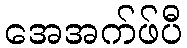
အေအက်ဖ်ပီ